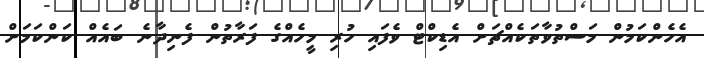
އެހެންކަމުން މަސްތުވާތަކެއްޗަށް އެޑިކްޓް ވެފައި ހުރި މީހެއްގެ ފަރާތުން ފެނިދާނެ ބައެއް ކަންކަމަށް